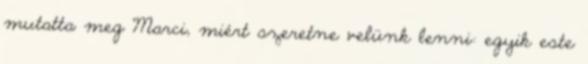
mutatta meg Marci, miért szeretne velünk lenni: egyik este